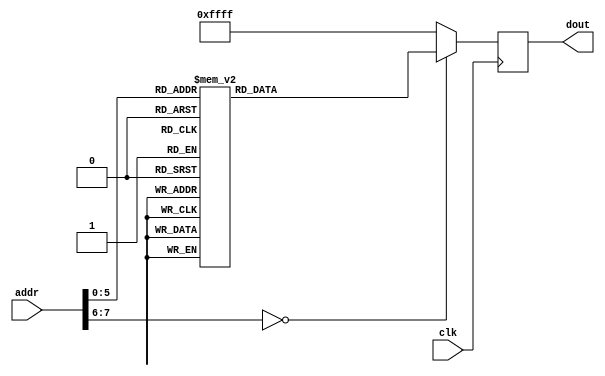
`timescale 1ns / 1ps
//////////////////////////////////////////////////////////////////////////////////
// Company: 
// Engineer: 
// 
// Design Name: 
// Module Name: OV7670_config_rom
// Project Name: 
// Target Devices: 
// Tool Versions: 
// Description: 
// 
// Dependencies: 
// 
// Revision:
// Revision 0.01 - File Created
// Additional Comments:
// 
//////////////////////////////////////////////////////////////////////////////////


module OV7670_config_rom(
    input wire clk,
    input wire [7:0] addr,
    output reg [15:0] dout
    );
    //FFFF is end of rom, FFF0 is delay
    always @(posedge clk) begin
    case(addr) 
    0:  dout <= 16'h12_80; // reset
    1:  dout <= 16'hFF_F0; // delay
    2:  dout <= 16'h12_04; // COM7   Default size, RGB
    3:  dout <= 16'h11_00; // CLKRC  Prescaler - Fin/(1+1)
    4:  dout <= 16'h0C_00; // COM3   Lots of stuff, enable scaling, all others off
    5:  dout <= 16'h3E_00; // COM14  PCLK scaling off
    6:  dout <= 16'h8C_00; // RGB444 No RGB 444
    7:  dout <= 16'h04_00; // COM1   no CCIR601
    8:  dout <= 16'h40_D0; // COM15  Full 0-255 output, RGB 565
    9:  dout <= 16'h3a_04; // TSLB   Set UV ordering,  do not auto-reset window
    10: dout <= 16'h14_38; // COM9  - AGC Celling
    11: dout <= 16'h4f_40; // 16'h4fb3; // MTX1  - colour conversion matrix
    12: dout <= 16'h50_34; // 16'h50b3; // MTX2  - colour conversion matrix
    13: dout <= 16'h51_0C; // 16'h5100; // MTX3  - colour conversion matrix
    14: dout <= 16'h52_17; // 16'h523d; // MTX4  - colour conversion matrix
    15: dout <= 16'h53_29; // 16'h53a7; // MTX5  - colour conversion matrix
    16: dout <= 16'h54_40; // 16'h54e4; // MTX6  - colour conversion matrix
    17: dout <= 16'h58_9e; // 16'h581e; // MTXS  - Matrix sign and auto contrast
    18: dout <= 16'h3d_C8; // COM13 - Turn on GAMMA and UV Auto adjust
    19: dout <= 16'h11_00; // CLKRC  Prescaler - Fin/(1+1)
    20: dout <= 16'h17_11; // HSTART HREF start (high 8 bits)
    21: dout <= 16'h18_61; // HSTOP  HREF stop (high 8 bits)
    22: dout <= 16'h32_80; // HREF   Edge offset and low 3 bits of HSTART and HSTOP
    23: dout <= 16'h19_03; // VSTART VSYNC start (high 8 bits)
    24: dout <= 16'h1A_7b; // VSTOP  VSYNC stop (high 8 bits)
    25: dout <= 16'h03_0a; // VREF   VSYNC low two bits
    26: dout <= 16'h0e_61; // COM5(0x0E) 0x61
    27: dout <= 16'h0f_4b; // COM6(0x0F) 0x4B
    28: dout <= 16'h16_02;
    29: dout <= 16'h1e_27; // MVFP (0x1E) 0x07  // FLIP AND MIRROR IMAGE 0x3x
    30: dout <= 16'h21_02;
    31: dout <= 16'h22_91;
    32: dout <= 16'h29_07;
    33: dout <= 16'h33_0b;
    34: dout <= 16'h35_0b;
    35: dout <= 16'h37_1d;
    36: dout <= 16'h38_71;
    37: dout <= 16'h39_00;
    38: dout <= 16'h3c_78; // COM12 (0x3C) 0x78
    39: dout <= 16'h4d_40;
    40: dout <= 16'h4e_20;
    41: dout <= 16'h69_00; // GFIX (0x69) 0x00
    42: dout <= 16'h6b_0a; // Bypass PLL!
    43: dout <= 16'h74_00;
    44: dout <= 16'h8d_4f;
    45: dout <= 16'h8e_00;
    46: dout <= 16'h8f_00;
    47: dout <= 16'h90_00;
    48: dout <= 16'h91_00;
    49: dout <= 16'h96_00;
    50: dout <= 16'h9a_00;
    51: dout <= 16'hb0_84;
    52: dout <= 16'hb1_0c;
    53: dout <= 16'hb2_0e;
    54: dout <= 16'hb3_80;
    55: dout <= 16'hb8_0a;
    // my changes
    56: dout <= 16'h13_8F; // turn on Automatic Gain Control with fast algorithm
    57: dout <= 16'h70_4A; // horizontal scale pattern default, bit[7] controls test (C=on, 4=off)
    58: dout <= 16'h71_35; // vertical scale pattern default,   bit[7] controls test (B=on, 3=off)
    default:  dout <= 16'hFF_FF;         //mark end of ROM
    endcase

    end
endmodule